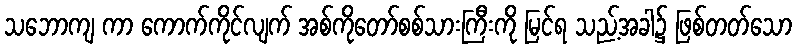
သဘောကျ ကာ ကောက်ကိုင်လျက် အစ်ကိုတော်စစ်သားကြီးကို မြင်ရ သည့်အခါ၌ ဖြစ်တတ်သော